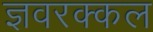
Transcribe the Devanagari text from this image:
ज्ञवरक्कल